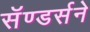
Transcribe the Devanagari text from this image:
सॅण्डर्सने